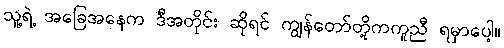
သူ့ရဲ့ အခြေအနေက ဒီအတိုင်း ဆိုရင် ကျွန်တော်တို့ကကူညီ ရမှာပေါ့။